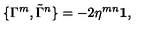
\{ \Gamma ^ { m } , \tilde { \Gamma } ^ { n } \} = - 2 \eta ^ { m n } { \bf 1 } ,